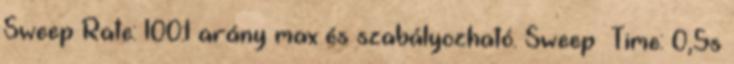
Sweep Rate: 100:1 arány max és szabályozható. Sweep Time: 0,5s